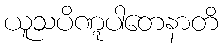
ယူသပိဏ္ဋပါတေနာတိ